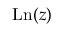
\operatorname { L n } ( z )